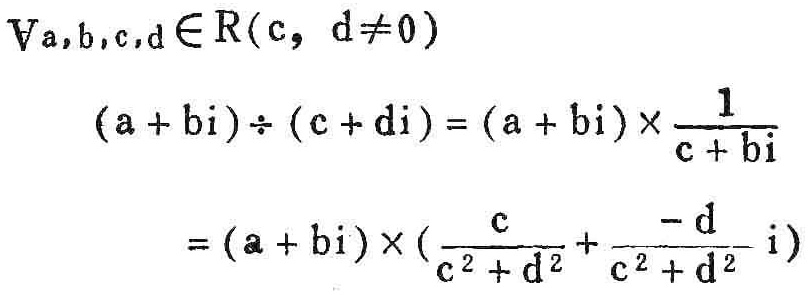
\(\forall a,b,c,d\in\mathbb{R}(c, d\neq0)\)
\((a + bi)\div(c + di)=(a + bi)\times\frac{1}{c + bi}\)
\(=(a + bi)\times(\frac{c}{c^{2}+d^{2}}+\frac{-d}{c^{2}+d^{2}}i)\)